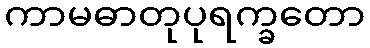
ကာမဓာတုပုရက္ခတော